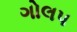
ગોલપ